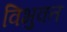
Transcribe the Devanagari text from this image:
विभुक्त